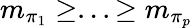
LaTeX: m_{\pi_{1}}\geq...\geq m_{\pi_{p}}